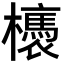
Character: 𣟊